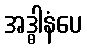
အဒ္ဓါနံပေ